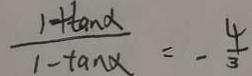
\frac { 1 + \tan \alpha } { 1 - \tan \alpha } = - \frac { 4 } { 3 }